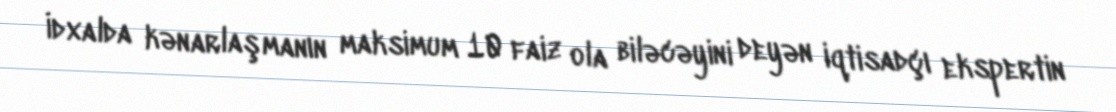
İdxalda kənarlaşmanın maksimum 10 faiz ola biləcəyini deyən iqtisadçı ekspertin